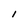
Character: I